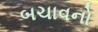
બચાવનો